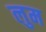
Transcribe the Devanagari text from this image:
लुम